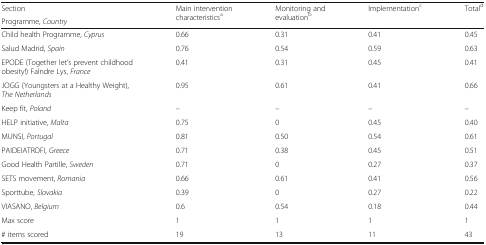
<table><thead><tr><td><b>Section</b></td><td rowspan="2"><b>Main intervention characteristics<sup>a</sup></b></td><td rowspan="2"><b>Monitoring and evaluation<sup>b</sup></b></td><td rowspan="2"><b>Implementation<sup>c</sup></b></td><td rowspan="2"><b>Total<sup>d</sup></b></td></tr><tr><td><b>Programme, <i>Country</i></b></td></tr></thead><tbody><tr><td>Child health Programme, <i>Cyprus</i></td><td>0.66</td><td>0.31</td><td>0.41</td><td>0.45</td></tr><tr><td>Salud Madrid, <i>Spain</i></td><td>0.76</td><td>0.54</td><td>0.59</td><td>0.63</td></tr><tr><td>EPODE (Together let’s prevent childhood obesity!) Falndre Lys, <i>France</i></td><td>0.41</td><td>0.31</td><td>0.45</td><td>0.41</td></tr><tr><td>JOGG (Youngsters at a Healthy Weight), <i>The Netherlands</i></td><td>0.95</td><td>0.61</td><td>0.41</td><td>0.66</td></tr><tr><td>Keep fit, <i>Poland</i></td><td>–</td><td>–</td><td>–</td><td>–</td></tr><tr><td>HELP initiative, <i>Malta</i></td><td>0.75</td><td>0</td><td>0.45</td><td>0.40</td></tr><tr><td>MUNSI, <i>Portugal</i></td><td>0.81</td><td>0.50</td><td>0.54</td><td>0.61</td></tr><tr><td>PAIDEIATROFI, <i>Greece</i></td><td>0.71</td><td>0.38</td><td>0.45</td><td>0.51</td></tr><tr><td>Good Health Partille, <i>Sweden</i></td><td>0.71</td><td>0</td><td>0.27</td><td>0.37</td></tr><tr><td>SETS movement, <i>Romania</i></td><td>0.66</td><td>0.61</td><td>0.41</td><td>0.56</td></tr><tr><td>Sporttube, <i>Slovakia</i></td><td>0.39</td><td>0</td><td>0.27</td><td>0.22</td></tr><tr><td>VIASANO, <i>Belgium</i></td><td>0.6</td><td>0.54</td><td>0.18</td><td>0.44</td></tr><tr><td>Max score</td><td>1</td><td>1</td><td>1</td><td>1</td></tr><tr><td># items scored</td><td>19</td><td>13</td><td>11</td><td>43</td></tr></tbody></table>